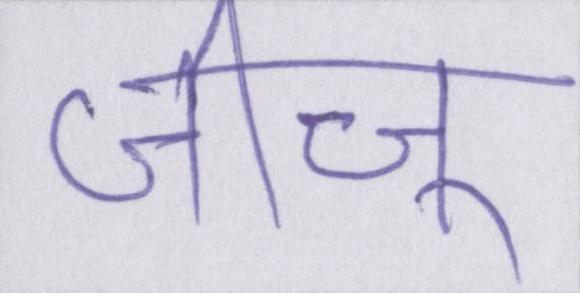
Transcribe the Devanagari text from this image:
जीजू